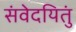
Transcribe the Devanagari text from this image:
संवेदयितुं